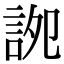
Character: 䛄